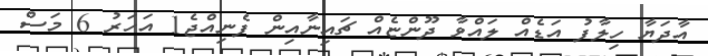
އާދަޔާ ހިލާފު އަޑެއް ލައްވާ ދޫންޏެއް ޗައިނާއިން ފެނިއްޖެ1 އަހަރު 6 މަސް